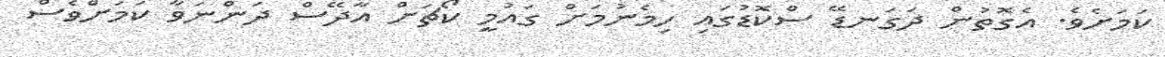
ކަމަށެވެ. އެގޮތުން ދަގަނޑޭ ސްކޮޑުގައި ހިމެނުމަށް ގައުމީ ކޯޗަށް އާދޭސް ދަންނަވާ ކަމަށްވެސް